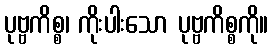
ပုဗ္ဗကိစ္စ၊ ကိုးပါးသော ပုဗ္ဗကိစ္စကို။